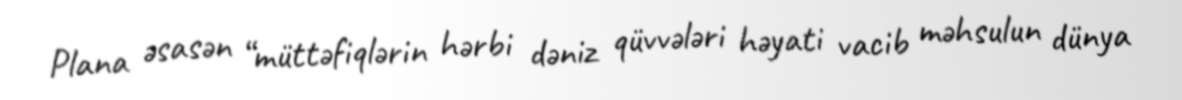
Plana əsasən “müttəfiqlərin hərbi dəniz qüvvələri həyati vacib məhsulun dünya